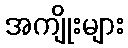
အကျိုးများ